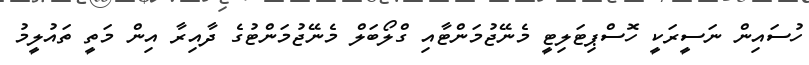
ހުސައިން ނަސީރަކީ ހޮސްޕިޓަލިޓީ މެނޭޖުމަންޓާއި ގްލޯބަލް މެނޭޖުމަންޓުގެ ދާއިރާ އިން މަތީ ތައުލީމު